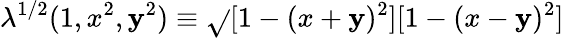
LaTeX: \lambda^{1/2}(1,x^{2},\mathbf{y}^{2})\equiv\sqrt{}{{[1-(x+\mathbf{y})^{2}][1-(x-\mathbf{y})^{2}]}}